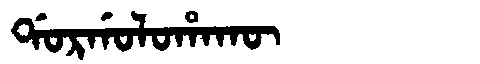
Manchu: ᡩᠣᡵᡤᠣᠯᠣᡥᠠᡴᡡ
Romanization: DORGOLOHAKŪ